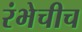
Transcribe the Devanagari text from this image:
रंभेचीच